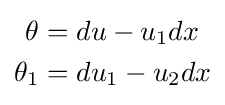
{\begin{aligned}\theta &=du-u_{1}dx\\\theta _{1}&=du_{1}-u_{2}dx\end{aligned}}